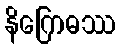
နိဂြောဓဿ